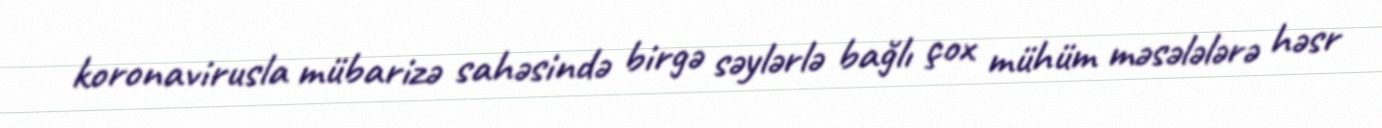
koronavirusla mübarizə sahəsində birgə səylərlə bağlı çox mühüm məsələlərə həsr